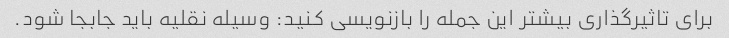
برای تاثیرگذاری بیشتر این جمله را بازنویسی کنید: وسیله نقلیه باید جابجا شود.